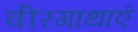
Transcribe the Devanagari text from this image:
वीरगाथाएं